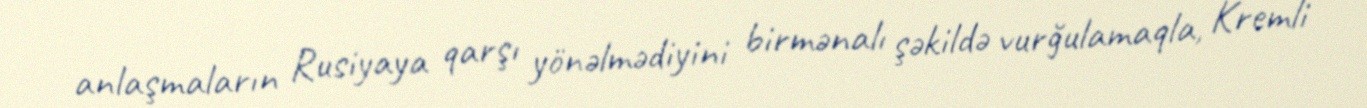
anlaşmaların Rusiyaya qarşı yönəlmədiyini birmənalı şəkildə vurğulamaqla, Kremli